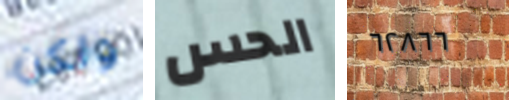
ولكن الحس ٦٢٨٦٦